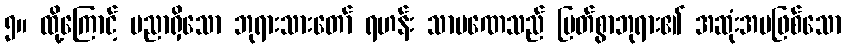
၅။ ထို့ကြောင့် ပညာရှိသော ဘုရားသားတော် ရဟန်း သာမဏေသည် မြတ်စွာဘုရား၏ အဆုံးအမဖြစ်သော